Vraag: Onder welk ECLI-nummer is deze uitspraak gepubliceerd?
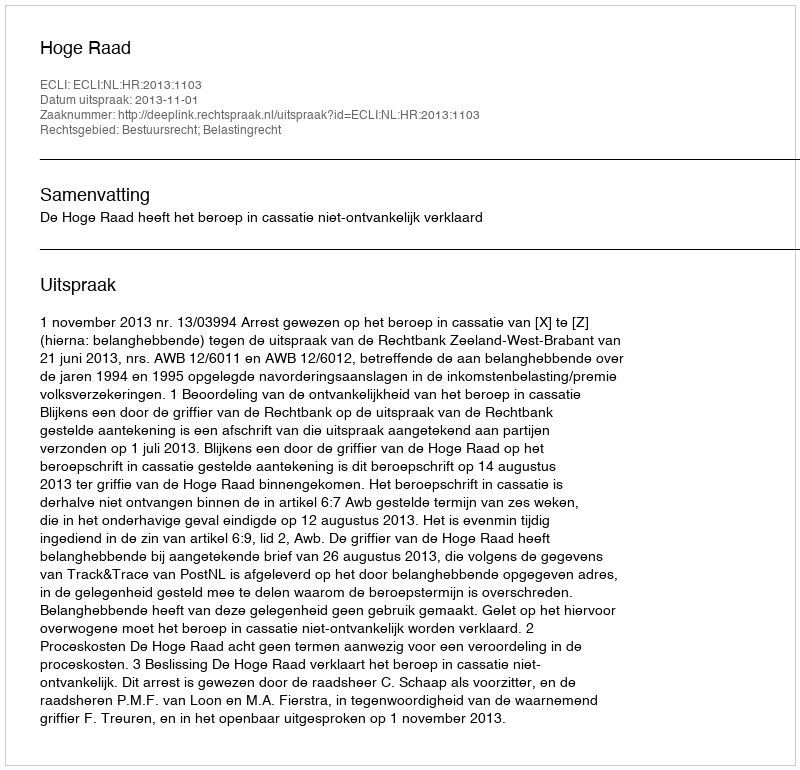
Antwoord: ECLI:NL:HR:2013:1103